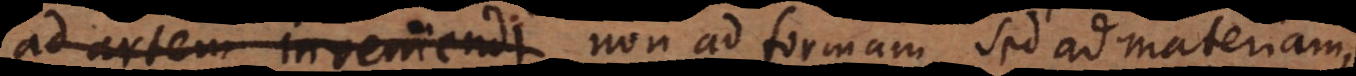
ad artem inveniendi non ad formam sed ad materiam,